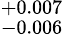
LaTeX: _{-0.006}^{+0.007}